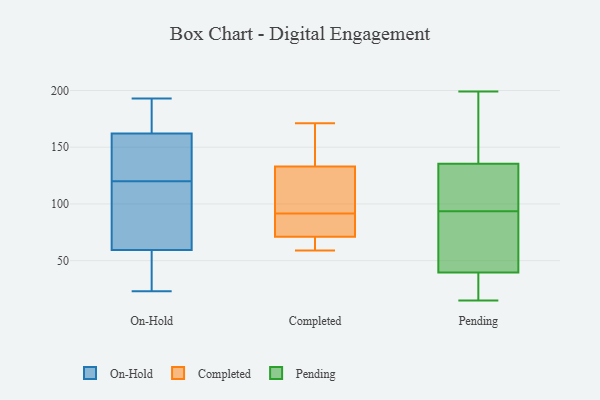
{"axis": {"x": "Customer Acquisition Cost (USD)", "y": "Value"}, "legend": ["Completed", "On-Hold", "Pending"], "data": [{"x": "", "y": 114, "type": "On-Hold"}, {"x": "", "y": 45, "type": "On-Hold"}, {"x": "", "y": 125, "type": "On-Hold"}, {"x": "", "y": 23, "type": "On-Hold"}, {"x": "", "y": 159, "type": "On-Hold"}, {"x": "", "y": 170, "type": "On-Hold"}, {"x": "", "y": 33, "type": "On-Hold"}, {"x": "", "y": 193, "type": "On-Hold"}, {"x": "", "y": 119, "type": "On-Hold"}, {"x": "", "y": 120, "type": "On-Hold"}, {"x": "", "y": 163, "type": "On-Hold"}, {"x": "", "y": 103, "type": "On-Hold"}, {"x": "", "y": 126, "type": "On-Hold"}, {"x": "", "y": 31, "type": "On-Hold"}, {"x": "", "y": 181, "type": "On-Hold"}, {"x": "", "y": 93, "type": "Completed"}, {"x": "", "y": 81, "type": "Completed"}, {"x": "", "y": 134, "type": "Completed"}, {"x": "", "y": 131, "type": "Completed"}, {"x": "", "y": 64, "type": "Completed"}, {"x": "", "y": 65, "type": "Completed"}, {"x": "", "y": 77, "type": "Completed"}, {"x": "", "y": 90, "type": "Completed"}, {"x": "", "y": 153, "type": "Completed"}, {"x": "", "y": 171, "type": "Completed"}, {"x": "", "y": 132, "type": "Completed"}, {"x": "", "y": 59, "type": "Completed"}, {"x": "", "y": 156, "type": "Pending"}, {"x": "", "y": 71, "type": "Pending"}, {"x": "", "y": 94, "type": "Pending"}, {"x": "", "y": 146, "type": "Pending"}, {"x": "", "y": 117, "type": "Pending"}, {"x": "", "y": 15, "type": "Pending"}, {"x": "", "y": 199, "type": "Pending"}, {"x": "", "y": 93, "type": "Pending"}, {"x": "", "y": 123, "type": "Pending"}, {"x": "", "y": 152, "type": "Pending"}, {"x": "", "y": 18, "type": "Pending"}, {"x": "", "y": 38, "type": "Pending"}, {"x": "", "y": 198, "type": "Pending"}, {"x": "", "y": 29, "type": "Pending"}, {"x": "", "y": 112, "type": "Pending"}, {"x": "", "y": 41, "type": "Pending"}, {"x": "", "y": 125, "type": "Pending"}, {"x": "", "y": 24, "type": "Pending"}, {"x": "", "y": 50, "type": "Pending"}, {"x": "", "y": 52, "type": "Pending"}]}